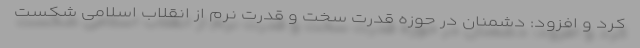
کرد و افزود: دشمنان در حوزه قدرت سخت و قدرت نرم از انقلاب اسلامی شکست